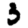
Digit: 3